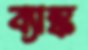
ব্যাঙ্ক